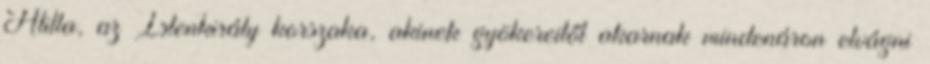
Atilla, az Istenkirály korszaka, akinek gyökereitől akarnak mindenáron elvágni